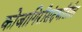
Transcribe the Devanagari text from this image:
कोजागिरीसंदर्भातील